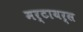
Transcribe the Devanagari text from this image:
मर्टायर्स